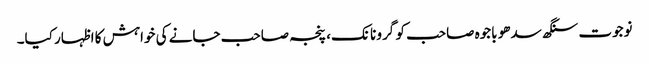
نوجوت سنگھ سدھو باجوہ صاحب کو گرو نانک، پنجہ صاحب جانے کی خواہش کا اظہار کیا۔